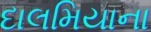
દાલમિયાના